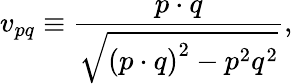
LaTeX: v_{pq}\equiv\frac{p\cdot q}{\sqrt{\left(p\cdot q\right)^{2}-p^{2}q^{2}}},